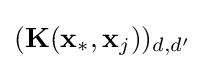
({\textbf {K}}({\textbf {x}}_{*},{\textbf {x}}_{j}))_{d,d'}